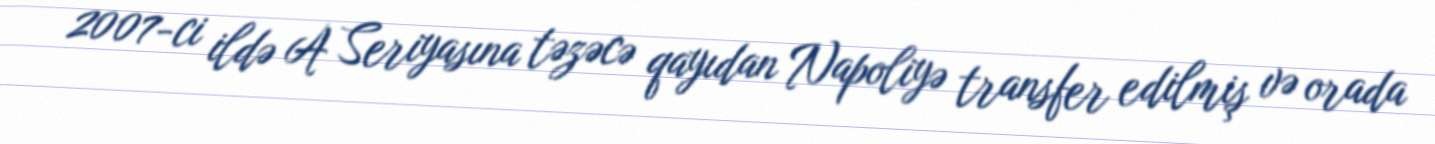
2007-ci ildə A Seriyasına təzəcə qayıdan Napoliyə transfer edilmiş və orada